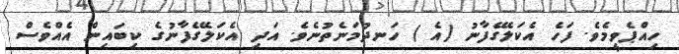
ހިއްޕެވީމެވެ. ފަހެ އެކަލޭގެފާނު (އެ ) ހަނދުމަނެތުނެވެ. އަދި އެކަލޭގެފާނުގެ ކިބައިން އެއްވެސް